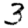
Digit: 3